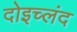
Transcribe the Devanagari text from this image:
दोइच्लंद